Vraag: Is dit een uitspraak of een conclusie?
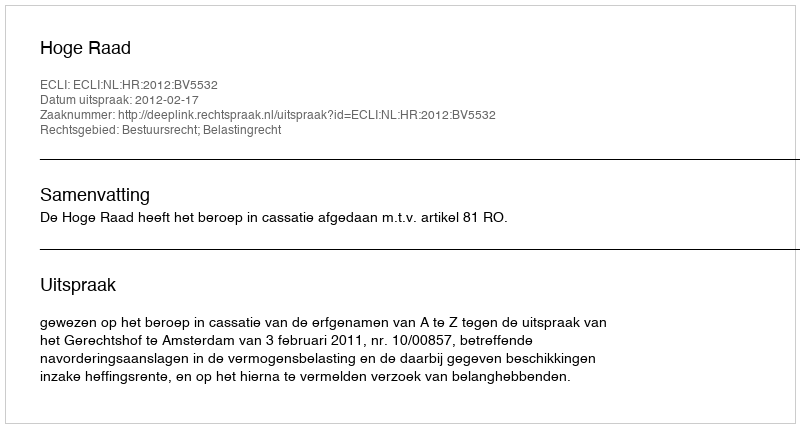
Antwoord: Uitspraak